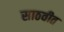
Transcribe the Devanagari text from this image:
साठवीत